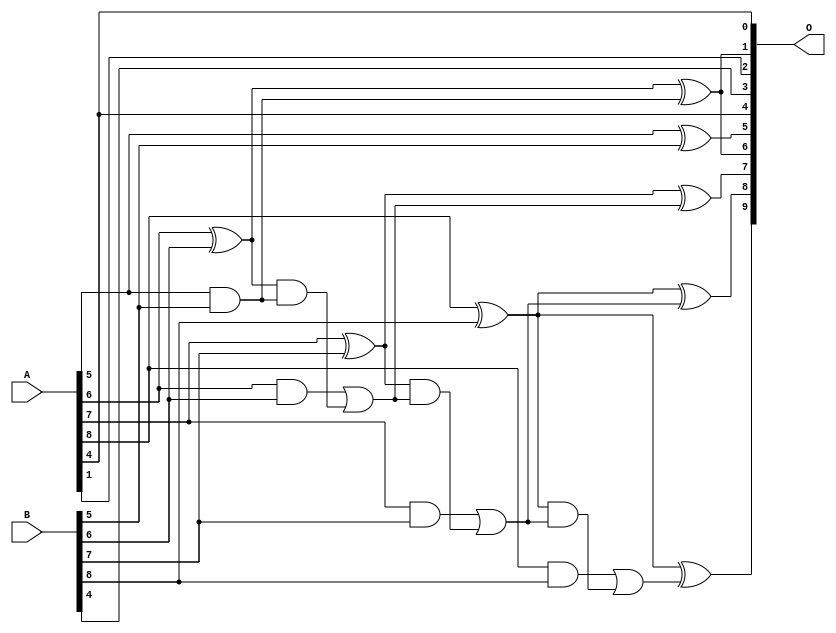
// This program was cloned from: https://github.com/ehw-fit/evoapproxlib
// License: MIT License

/***
* This code is a part of EvoApproxLib library (ehw.fit.vutbr.cz/approxlib) distributed under The MIT License.
* When used, please cite the following article(s): V. Mrazek, L. Sekanina, Z. Vasicek "Libraries of Approximate Circuits: Automated Design and Application in CNN Accelerators" IEEE Journal on Emerging and Selected Topics in Circuits and Systems, Vol 10, No 4, 2020 
* This file contains a circuit from a sub-set of pareto optimal circuits with respect to the pwr and mse parameters
***/
// MAE% = 3.05 %
// MAE = 16 
// WCE% = 7.03 %
// WCE = 36 
// WCRE% = 2300.00 %
// EP% = 99.12 %
// MRE% = 34.40 %
// MSE = 300 
// PDK45_PWR = 0.016 mW
// PDK45_AREA = 39.0 um2
// PDK45_DELAY = 0.31 ns

module add9se_056 (
    A,
    B,
    O
);

input [8:0] A;
input [8:0] B;
output [9:0] O;

wire sig_40,sig_41,sig_45,sig_46,sig_47,sig_48,sig_49,sig_50,sig_51,sig_52,sig_53,sig_54,sig_55,sig_56,sig_57,sig_58,sig_59,sig_61;

assign sig_40 = A[5] ^ B[5];
assign sig_41 = A[5] & B[5];
assign sig_45 = A[6] ^ B[6];
assign sig_46 = A[6] & B[6];
assign sig_47 = sig_45 & sig_41;
assign sig_48 = sig_45 ^ sig_41;
assign sig_49 = sig_46 | sig_47;
assign sig_50 = A[7] ^ B[7];
assign sig_51 = A[7] & B[7];
assign sig_52 = sig_50 & sig_49;
assign sig_53 = sig_50 ^ sig_49;
assign sig_54 = sig_51 | sig_52;
assign sig_55 = A[8] ^ B[8];
assign sig_56 = A[8] & B[8];
assign sig_57 = sig_55 & sig_54;
assign sig_58 = sig_55 ^ sig_54;
assign sig_59 = sig_56 | sig_57;
assign sig_61 = sig_55 ^ sig_59;

assign O[9] = sig_61;
assign O[8] = sig_58;
assign O[7] = sig_53;
assign O[6] = sig_48;
assign O[5] = sig_40;
assign O[4] = A[4];
assign O[3] = B[4];
assign O[2] = A[1];
assign O[1] = sig_48;
assign O[0] = A[4];

endmodule